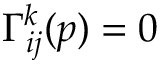
\Gamma _ { i j } ^ { k } ( p ) = 0